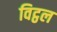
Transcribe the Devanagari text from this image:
विट्ठल